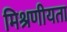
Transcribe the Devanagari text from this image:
मिश्रणीयता